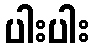
ပါးပါး